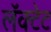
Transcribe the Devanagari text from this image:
लॅक्टेट